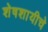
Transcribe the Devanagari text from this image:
शेषशायीचे